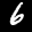
Label: 6